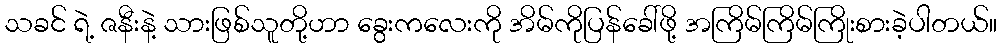
သခင် ရဲ့ ဇနီးနဲ့ သားဖြစ်သူတို့ဟာ ခွေးကလေးကို အိမ်ကိုပြန်ခေါ်ဖို့ အကြိမ်ကြိမ်ကြိုးစားခဲ့ပါတယ်။